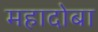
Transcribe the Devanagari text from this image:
महादोबा